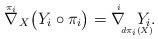
LaTeX: \begin{align*} \nabla{\hskip-0.3cm^{^{^{\pi_i}}}}_{X} \big(Y_i\circ\pi_i\big)=\nabla{\hskip-0.2cm^{^{^{i}}}} {\hskip -0.05cm_{_{_{_{d\pi_i(X)}}}}}\hskip -0.5cmY_i.\end{align*}